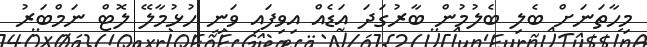
މިހާތަނަށް ބެލި ބެލުމުން ބާރުގަދަ އަޑެއް އިވިފައި ވަނީ ހުޅުމާލޭ ލޮޓް ނަމްބަރު